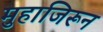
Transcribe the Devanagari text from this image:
मुहाजिरून